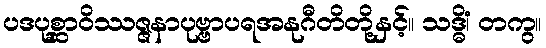
ပဒပုစ္ဆာဝိဿဇ္ဇနာပုဗ္ဗာပရအနုဂီတိတို့နှင့်။ သဒ္ဓိံ၊ တကွ။